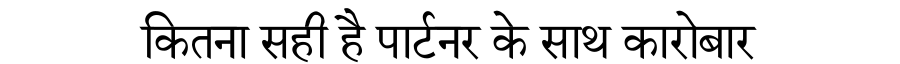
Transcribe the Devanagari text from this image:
कितना सही है पार्टनर के साथ कारोबार